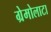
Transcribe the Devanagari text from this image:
ग्रेमोलाटा